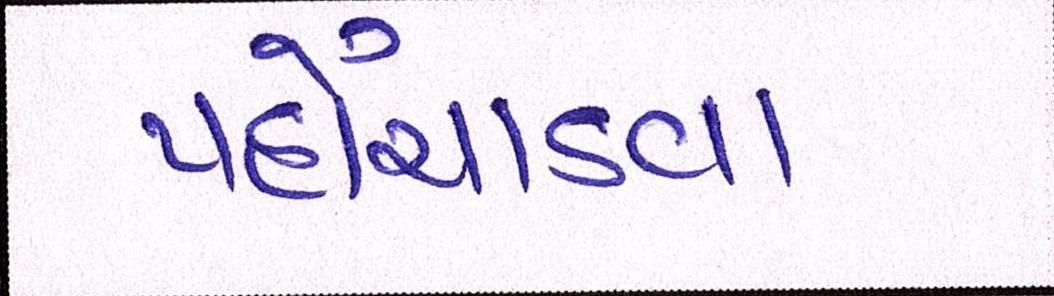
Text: પહોંચાડવા